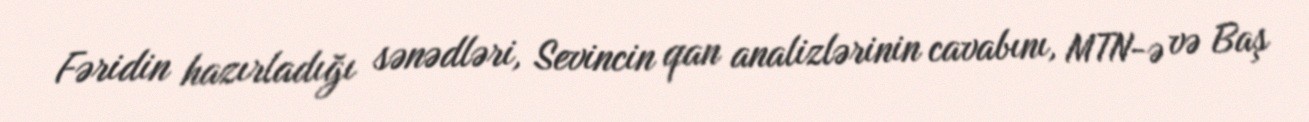
Fəridin hazırladığı sənədləri, Sevincin qan analizlərinin cavabını, MTN-ə və Baş